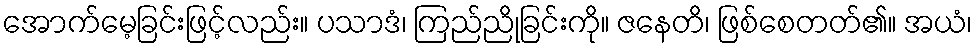
အောက်မေ့ခြင်းဖြင့်လည်း။ ပသာဒံ၊ ကြည်ညိုခြင်းကို။ ဇနေတိ၊ ဖြစ်စေတတ်၏။ အယံ၊